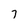
Character: 7